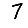
Digit: 7